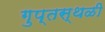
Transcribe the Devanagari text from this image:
गुप्तस्थळी